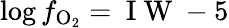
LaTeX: \log f_{\mathrm{O_{2}}}=\mathrm{~I~W~}-5